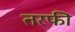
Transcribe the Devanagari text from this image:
तरफी